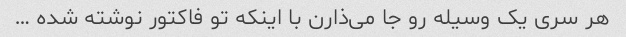
هر سری یک وسیله رو جا می‌ذارن با اینکه تو فاکتور نوشته شده …